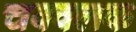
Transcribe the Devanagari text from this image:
चक्क्लक